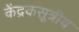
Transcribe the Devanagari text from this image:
केंद्रकसूत्रीय